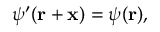
\psi ^ { \prime } ( \mathbf { r } + \mathbf { x } ) = \psi ( \mathbf { r } ) ,